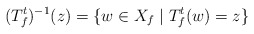
\begin{align*}(T_{f}^{t})^{-1}(z)=\{w\in X_{f}\mid T_{f}^{t}(w)=z\}\end{align*}